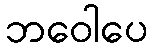
ဘဝေါပေ